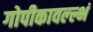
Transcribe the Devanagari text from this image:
गोपीकावल्ल्भं